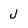
Character: J